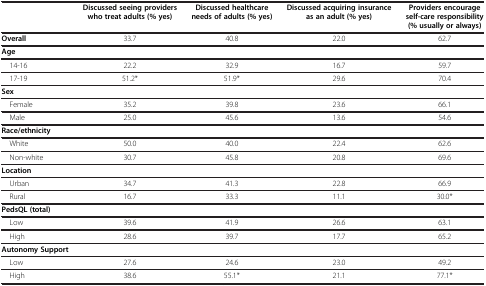
<table><thead><tr><td><b> </b></td><td><b>Discussed seeing providers who treat adults (% yes)</b></td><td><b>Discussed healthcare needs of adults (% yes)</b></td><td><b>Discussed acquiring insurance as an adult (% yes)</b></td><td><b>Providers encourage self-care responsibility (% usually or always)</b></td></tr></thead><tbody><tr><td><b>Overall</b></td><td>33.7</td><td>40.8</td><td>22.0</td><td>62.7</td></tr><tr><td><b>Age</b></td><td> </td><td> </td><td> </td><td> </td></tr><tr><td> 14-16</td><td>22.2</td><td>32.9</td><td>16.7</td><td>59.7</td></tr><tr><td> 17-19</td><td>51.2*</td><td>51.9*</td><td>29.6</td><td>70.4</td></tr><tr><td><b>Sex</b></td><td> </td><td> </td><td> </td><td> </td></tr><tr><td> Female</td><td>35.2</td><td>39.8</td><td>23.6</td><td>66.1</td></tr><tr><td> Male</td><td>25.0</td><td>45.6</td><td>13.6</td><td>54.6</td></tr><tr><td><b>Race/ethnicity</b></td><td> </td><td> </td><td> </td><td> </td></tr><tr><td> White</td><td>50.0</td><td>40.0</td><td>22.4</td><td>62.6</td></tr><tr><td> Non-white</td><td>30.7</td><td>45.8</td><td>20.8</td><td>69.6</td></tr><tr><td><b>Location</b></td><td> </td><td> </td><td> </td><td> </td></tr><tr><td> Urban</td><td>34.7</td><td>41.3</td><td>22.8</td><td>66.9</td></tr><tr><td> Rural</td><td>16.7</td><td>33.3</td><td>11.1</td><td>30.0*</td></tr><tr><td><b>PedsQL (total)</b></td><td> </td><td> </td><td> </td><td> </td></tr><tr><td> Low</td><td>39.6</td><td>41.9</td><td>26.6</td><td>63.1</td></tr><tr><td> High</td><td>28.6</td><td>39.7</td><td>17.7</td><td>65.2</td></tr><tr><td><b>Autonomy Support</b></td><td> </td><td> </td><td> </td><td> </td></tr><tr><td> Low</td><td>27.6</td><td>24.6</td><td>23.0</td><td>49.2</td></tr><tr><td> High</td><td>38.6</td><td>55.1*</td><td>21.1</td><td>77.1*</td></tr></tbody></table>